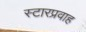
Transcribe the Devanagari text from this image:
स्टारप्रवाह